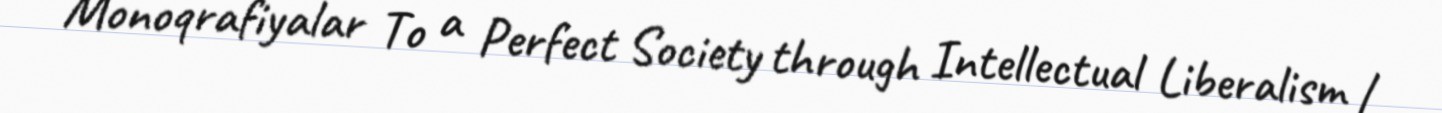
Monoqrafiyalar To a Perfect Society through Intellectual Liberalism /